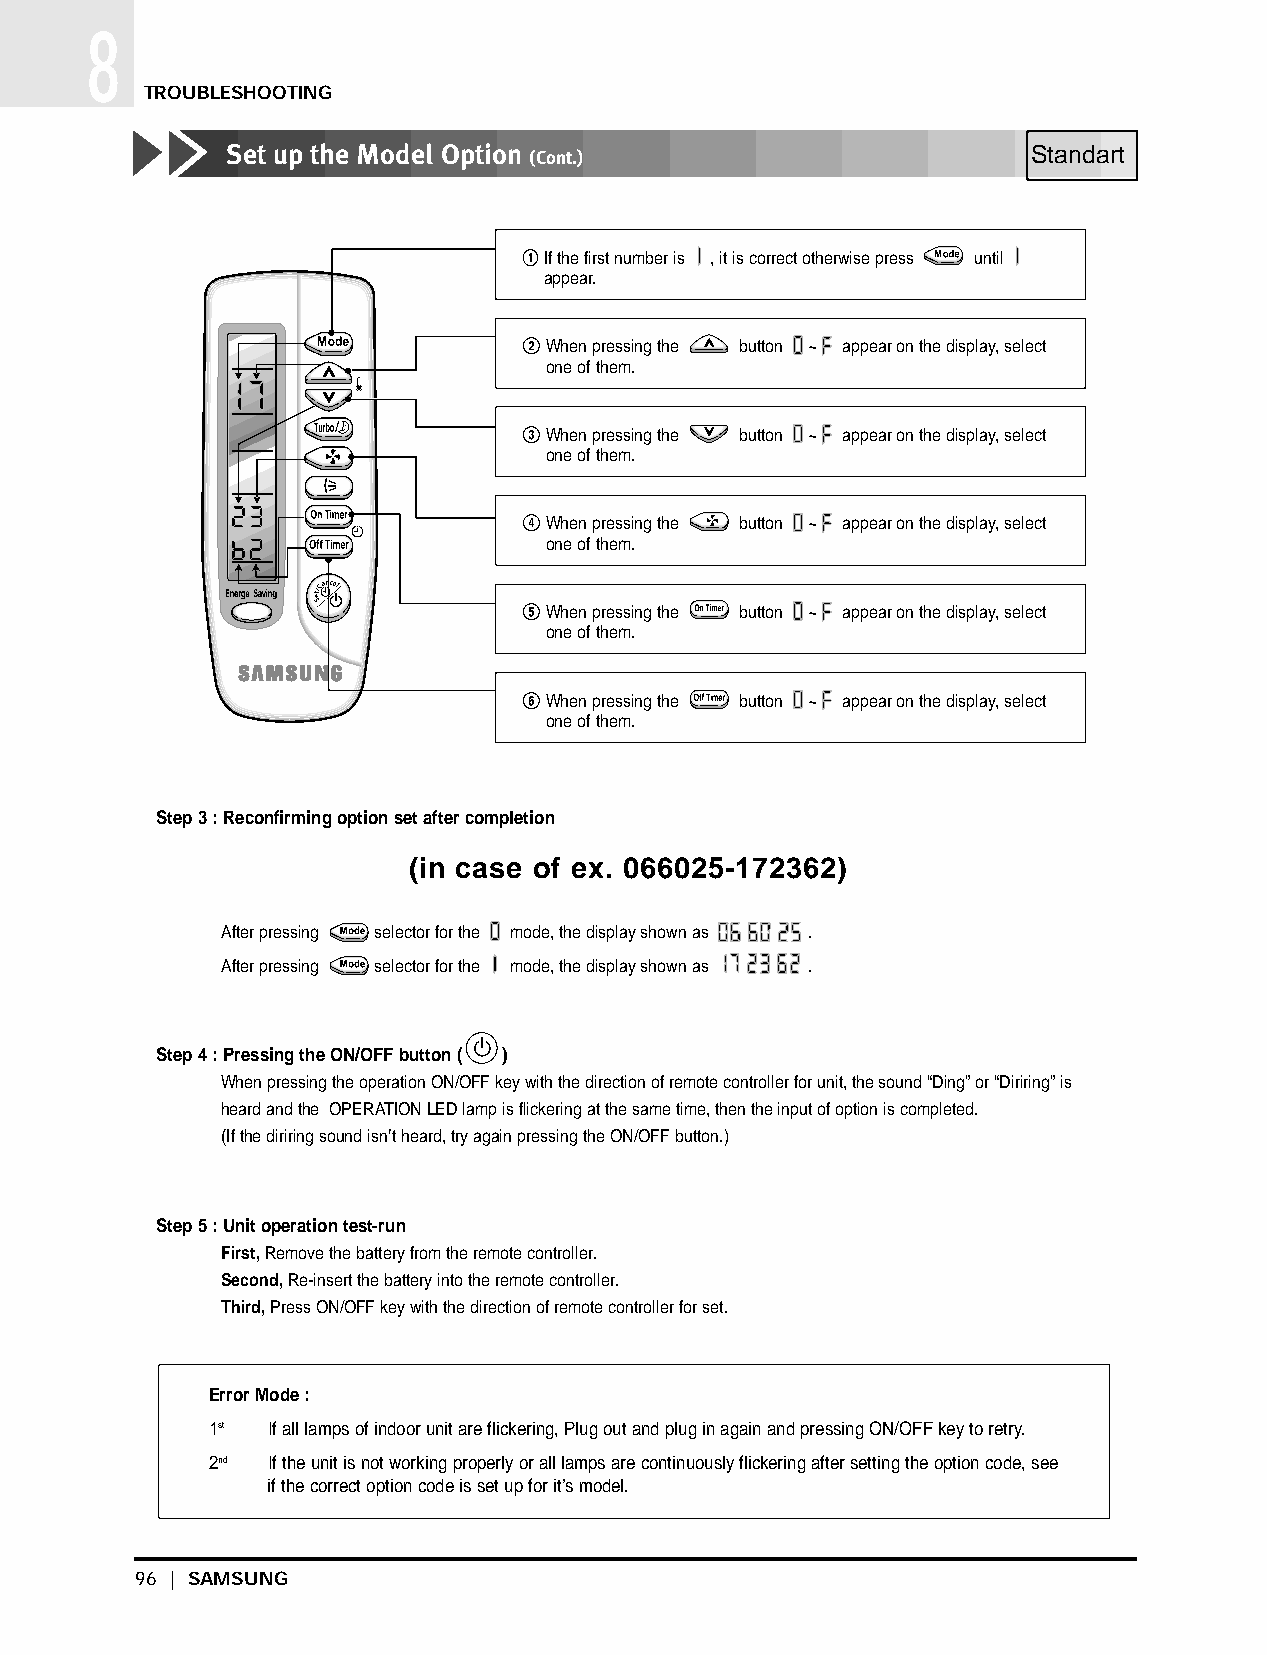
DB98_08187A(1)_57~100 3/27/03 2:24 PM Page 96
 8
 TROUBLESHOOTING
 Set up the Model Option
 (Cont.)
 ! If the first number is , it is correct otherwise press until
 appear.
 @ When pressing the button ~ appear on the display, select
 one of them.
 # When pressing the button ~ appear on the display, select
 one of them.
 $ When pressing the button ~ appear on the display, select
 one of them.
 % When pressing the button ~ appear on the display, select
 one of them.
 ^ When pressing the button ~ appear on the display, select
 one of them.
 Step 3 : Reconfirming option set after completion
 (in case of ex. 066025-172362)
 After pressing selector for the mode, the display shown as .
 After pressing selector for the mode, the display shown as .
 Step 4 : Pressing the ON/OFF button ( )
 When pressing the operation ON/OFF key with the direction of remote controller for unit, the sound “Ding” or “Diriring” is
 heard and the OPERATION LED lamp is flickering at the same time, then the input of option is completed.
 (If the diriring sound isn’t heard, try again pressing the ON/OFF button.)
 Step 5 : Unit operation test-run
 First,Remove the battery from the remote controller.
 Second,Re-insert the battery into the remote controller.
 Third,Press ON/OFF key with the direction of remote controller for set.
 Error Mode :
 1st If all lamps of indoor unit are flickering, Plug out and plug in again and pressing ON/OFF key to retry.
 2nd If the unit is not working properly or all lamps are continuously flickering after setting the option code, see
 if the correct option code is set up for it’s model.
 96 | SAMSUNG